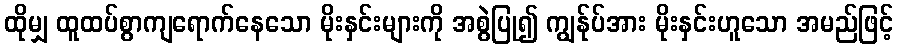
ထိုမျှ ထူထပ်စွာကျရောက်နေသော မိုးနှင်းများကို အစွဲပြု၍ ကျွန်ုပ်အား မိုးနှင်းဟူသော အမည်ဖြင့်